Medical and sanitary report of the native army of Bengal for the year
Year: 1875
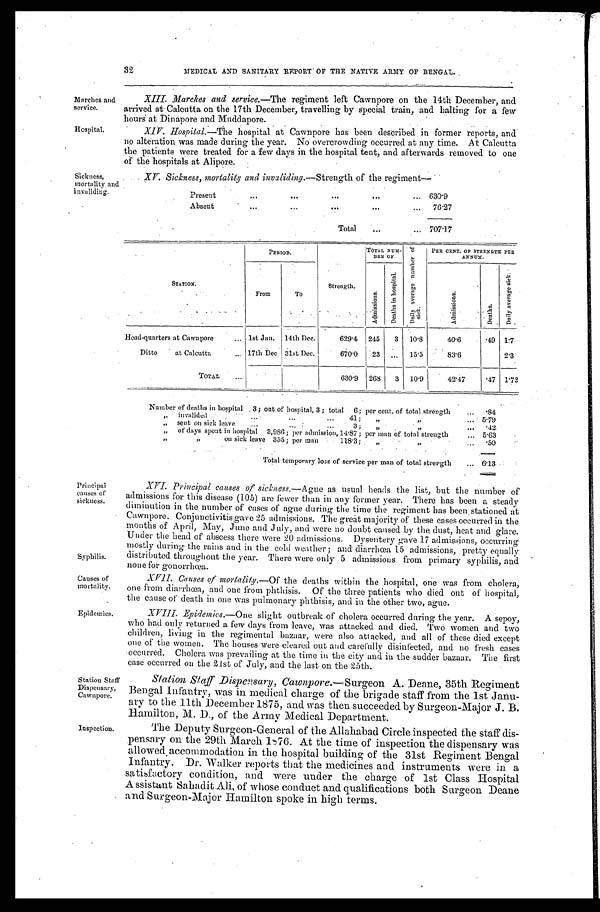
Marches and
service.
Hospital.
Syphilis.
Causes of
mortality.
32
MEDICAL AND SANITARY REPORT OF THE NATIVE ARMY OF BENGAL.
XIII. Marches and service .—The regiment left Cawnpore on the 14th December, and
arrived at Calcutta on the 17th December, travelling by special train, and halting for a few
hours at Dinapore and Muddapore.
XIV. Hospital .—The hospital at Cawnpore has been described in former reports, and
no alteration was made during the year. No overcrowding occurred at any time. At Calcutta
the patients were treated for a few days in the hospital tent, and afterwards removed to one
of the hospitals at Alipore.
Sickness,
mortality and
invaliding.
XV. Sickness, mortality and invaliding .—Strength of the regiment—
Present
.
.
. 630.9
Absent
.
.
.
76.27
Total . . . 707.17
Principal
causes of
sickness.
STATION.
PERIOD.
Strength.
TOTAL NUM-
BER OF
D a i l y a v e r a g e n u m b e r o f s i c k .
P E R C E N T . O F S T R E N G T H P E R
ANNUM.
From
To
A d m i s s i o n .
D e a t h s i n h o s p i t a l .
A d m i s s i o n .
D e a t h s .
D a i l y a v e r a g e s i c k .
Head-quarters at Cawnpore . . .
1st Jan. 14th Dec.
629.4 245
3
10.8
40.6
.49 1.7
Ditto at Calcutta . . .
17th Dec 31st Dec.
670.0
23
. . 15.5
83.6
2.3
TOTAL . . .
630.9
268
3
10.9
42.47
.47 1.72
Number of deaths in hospital 3; out of hospital, 3; total 6; per cent. of total strength . . .
.84
" " invalided . . . 41; " " . . .
5.79
" sent on sick leave . . .3; " " . . .
.42.
" of days spent in hospital 3,986; per admission, 14.87; per man of total strength . . .
5.63
" " on sick leave 355; per man 118.3; " ". . .
.50
Total temporary loss of service per man of total strength . . . 6.13
XVI. Principal causes of sickness .—Ague as usual heads the list, but the number of
admissions for this disease (105) are fewer than in any former year. There has been a steady
diminution in the number of cases of ague during the time the regiment has been stationed at
Cawnpore. Conjunctivitis gave 25 admissions. The great majority of these cases occurred in the
months of April, May, June and July, and were no doubt caused by the dust, heat and glare.
Under the head of abscess there were 20 admissions. Dysentery gave 17 admissions, occurring
mostly during the rains and in the cold weather; and diarrhœa 15 admissions, pretty equally
distributed troughout the year. There were only 5 admissions from primary syphilis, and
none for gonorrhœa.
XVII. Causes of mortality.—Of the deaths within the hospital, one was from cholera,
one from diarrhœa, and one from phthisis. Of the three patients who died out of hospital,
the cause of death in one was pulmonary phthisis, and in the other two, ague.
Epidemics.
Station Staff
Dispensary,
Cawnpore.
Inspection.
XVIII. Epidemics .—One slight outbreak of cholera occurred during the year. A sepoy,
who had only returned a few days from leave, was attacked and died. Two women and two
children, living in the regimental bazaar, were also attacked, and all of these died except
one of the women. The houses were cleared out and carefully disinfected, and no fresh cases
occurred. Cholera was prevailing at the time in the city and in the sudder bazaar. The first
case occurred on the 21st of July, and the last on the 25th.
Station Staff Dispensary, Cawnpore.—Surgeon A. Deane, 35th Regiment
Bengal Infantry, was in medical charge of the brigade staff from the 1st Janu
-ary to the 11th December 1875, and was then succeeded by Surgeon-Major J. B.
Hamilton, M. D., of the Army Medical Department.
The Deputy Surgeon-General of the Allahabad Circle inspected the staff dis
-pensary on the 29th March 1876. At the time of inspection the dispensary was
allowed accommodation in the hospital building of the 31st Regiment Bengal
Infantry. Dr. Walker reports that the medicines and instruments were in a
satisfactory condition, and were under the charge of 1st Class Hospital
Assistant Sahadit Ali, of whose conduct and qualifications both Surgeon Deane
and Surgeon-Major Hamilton spoke in high terms.